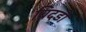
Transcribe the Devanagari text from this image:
बिदडी